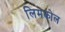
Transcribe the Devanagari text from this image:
लिमकोल